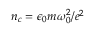
n _ { c } = \epsilon _ { 0 } m \omega _ { 0 } ^ { 2 } / e ^ { 2 }